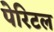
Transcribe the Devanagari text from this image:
पेरिटल